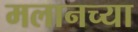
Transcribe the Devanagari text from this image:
मलानच्या